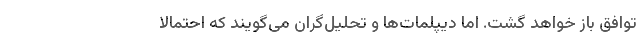
توافق باز خواهد گشت. اما دیپلمات‌ها و تحلیل‌گران می‌گویند که احتمالا